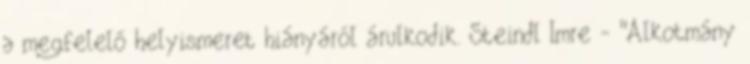
a megfelelő helyismeret hiányáról árulkodik. Steindl Imre - "Alkotmány